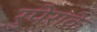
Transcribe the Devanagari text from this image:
रुपेराके